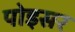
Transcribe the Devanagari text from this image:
पोइसर